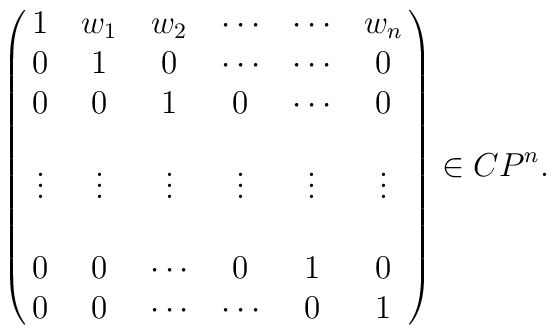
\pmatrix{ 1 & w_1 & w_2     & \cdots & \cdots &w_n \cr 0 &  1  & 0 & \cdots & \cdots & 0 \cr 0 & 0   & 1 & 0  & \cdots & 0 \cr   &   &  &  &   &   \cr \vdots & \vdots &\vdots &\vdots & \vdots & \vdots \cr   &   &  &  &   &   \cr 0 & 0   & \cdots & 0 &  1 & 0 \cr  0 & 0   & \cdots & \cdots & 0 & 1 \cr  }  \in CP^n .